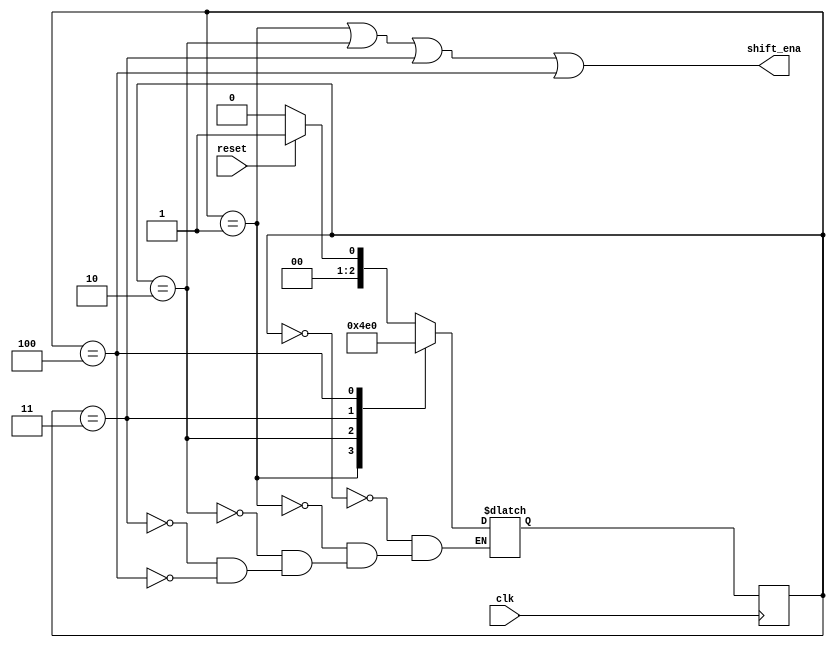
// This program was cloned from: https://github.com/Yvan-xy/verilog-doc
// License: GNU General Public License v2.0

module top_module (
    input clk,
    input reset,      // Synchronous reset
    output shift_ena);
    
    parameter c0=3'd0, c1=3'd1, c2=3'd2, c3=3'd3, c4=3'd4;
    reg	[2:0]	state, next_state;
    
    always@(*) begin
        case(state)
            c0: begin
                if(reset)
                    next_state = c1;
                else
                    next_state = c0;
            end
            c1:		next_state = c2;
            c2:		next_state = c3;
            c3:		next_state = c4;
            c4:		next_state = c0;
        endcase
    end
    
    always@(posedge clk) begin
       state <= next_state; 
    end
    
    assign shift_ena = (state==c1 || state==c2 || state==c3 || state==c4);
    
endmodule